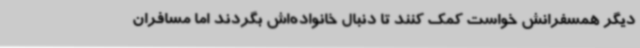
دیگر همسفرانش خواست کمک کنند تا دنبال خانواده‌اش بگردند اما مسافران